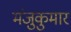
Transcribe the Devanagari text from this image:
मंजुकुमार